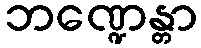
ဘဏ္ဍေန္တာ